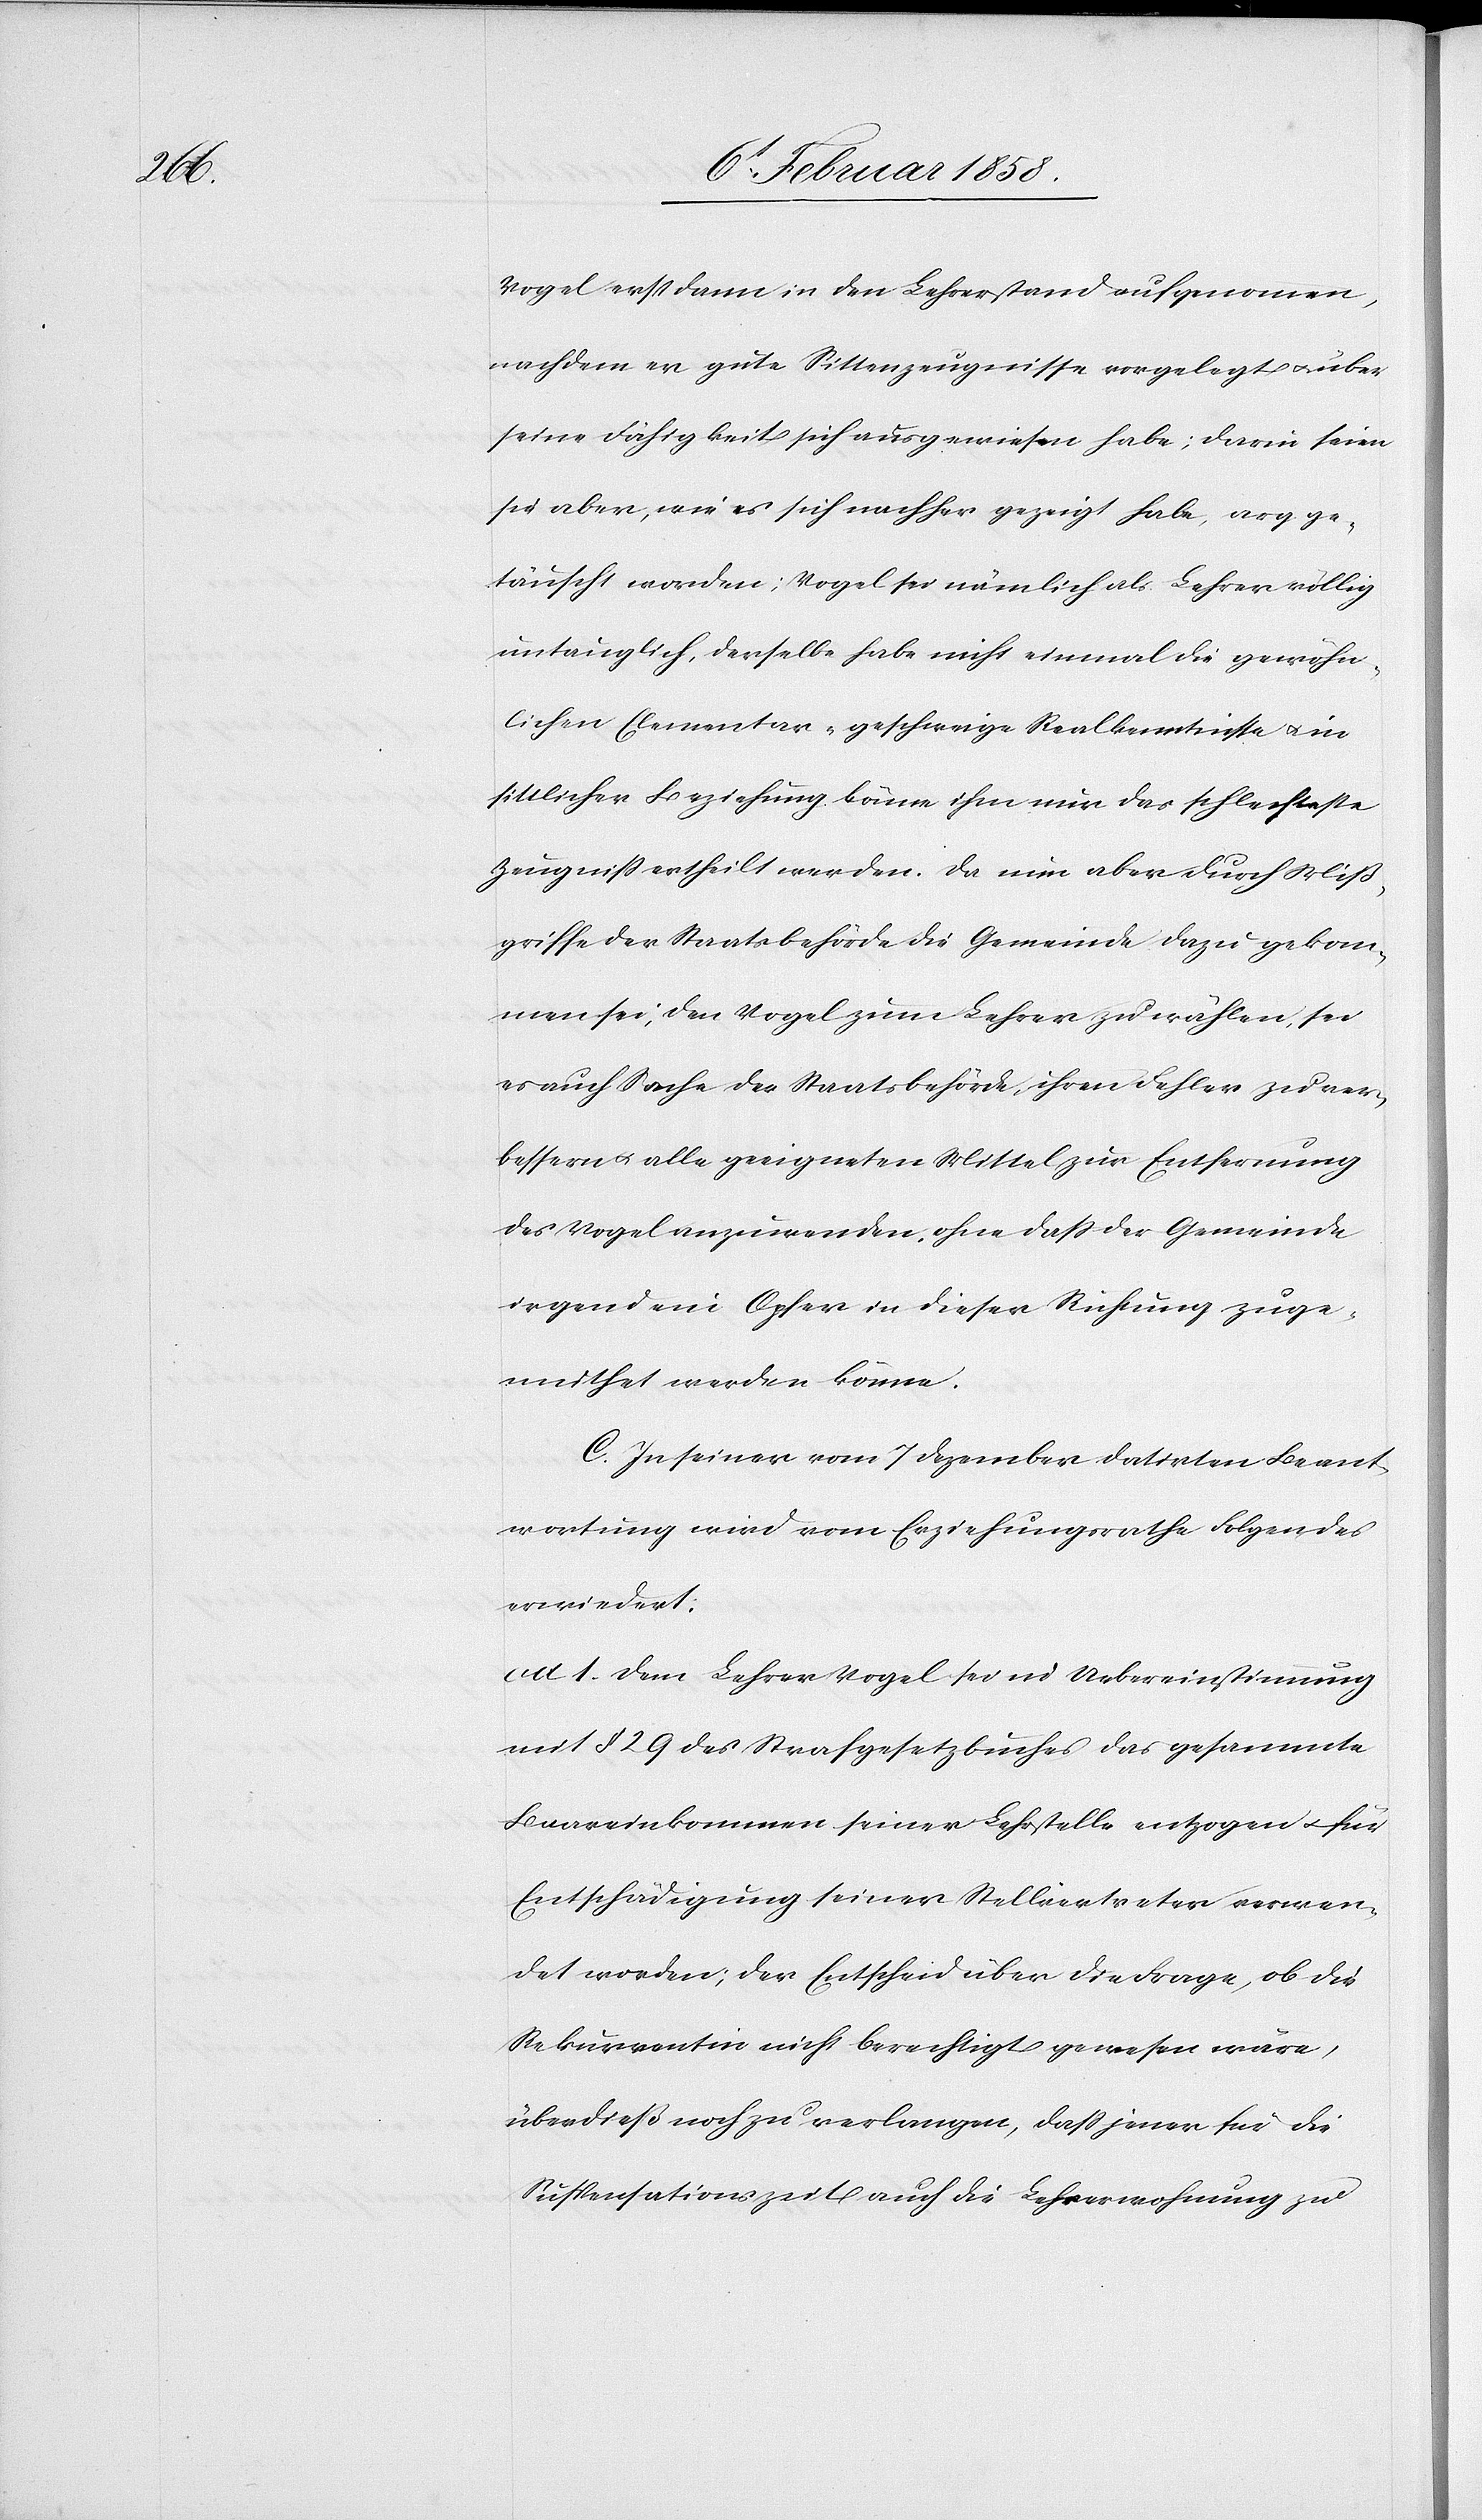
Vogel erst dann in den Lehrerstand aufgenommen,
nachdem er gute Sittenzeugnisse vorgelegt u. über
seine Fähigkeit sich ausgewiesen habe; darin seien
sie aber, wie es sich nachher gezeigt habe, arg ge¬
täuscht worden; Vogel sei nämlich als Lehrer völlig
untauglich, derselbe habe nicht einmal die gewöhn¬
lichen Elementar- geschweige Realkenntnisse u. in
sittlicher Beziehung könne ihm nur das schlechteste
Zeugniß ertheilt werden. Da nun aber durch Miß¬
griffe der Staatsbehörde die Gemeinde dazu gekom¬
men sei, den Vogel zum Lehrer zu wählen, sei
es auch Sache der Staatsbehörde, ihren Fehler zu ver¬
bessern u. alle geeigneten Mittel zur Entfernung
des Vogel anzuwenden, ohne daß der Gemeinde
irgend ein Opfer in dieser Richtung zuge¬
muthet werden könne.
C. In seiner vom 7 Dezember datirten Beant¬
wortung wird vom Erziehungsrathe Folgendes
erwiedert:
ad 1. Dem Lehrer Vogel sei in Uebereinstimmung
mit § 29 des Strafgesetzbuches das gesammte
Baareinkommen seiner Lehrstelle entzogen u. für
Entschädigung seiner Stellvertreter verwen¬
det worden; der Entscheid über die Frage, ob die
Rekurrentin nicht berechtigt gewesen wäre,
überdieß noch zu verlangen, daß jener für die
Suspensationszeit auch die Lehrerwohnung zu